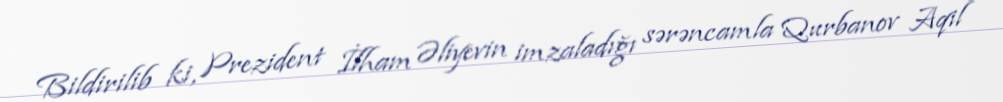
Bildirilib ki, Prezident İlham Əliyevin imzaladığı sərəncamla Qurbanov Aqil